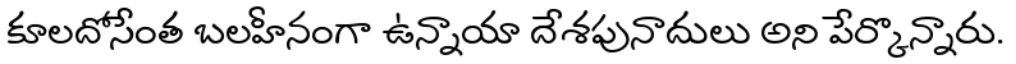
కూలదోసేంత బలహీనంగా ఉన్నాయా దేశపునాదులు అని పేర్కొన్నారు.